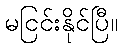
မငြင်းနိုင်ပြီ။